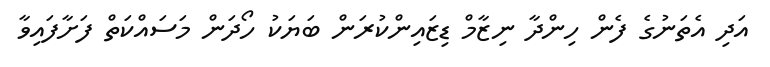
އަދި އެތަނުގެ ފެން ހިންދާ ނިޒާމް ޑިޒައިންކުރަން ބަޔަކު ހޯދަން މަސައްކަތް ފަށާފައިވާ